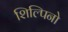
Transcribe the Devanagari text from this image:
शिल्पिनो